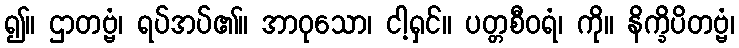
၍။ ဌာတဗ္ဗံ၊ ရပ်အပ်၏။ အာဝုသော၊ ငါ့ရှင်။ ပတ္တစီဝရံ၊ ကို။ နိက္ခိပိတဗ္ဗံ၊